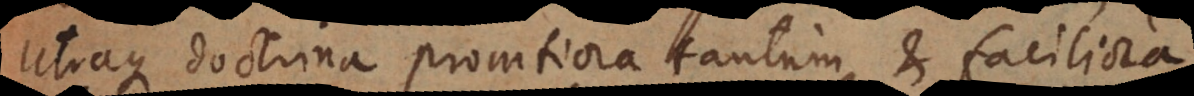
utraque doctrina promtiora tantum et faciliora